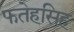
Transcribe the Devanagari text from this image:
फतेहसिह